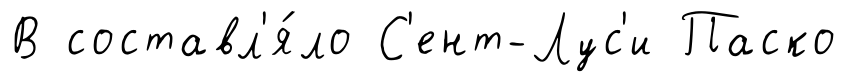
В составл'я́ло С'ент-Лус'и Паско